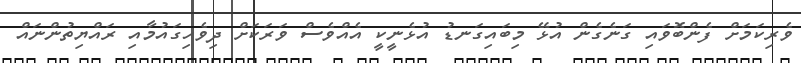
ވެރިކަމަށް ފެންބޮވައި ގަނެގެން އުޅޭ މިބައިގަނޑު އުޅެނީކީ އެއްވެސް ވަރަކަށް ދިވެހިގައުމާއި ރައްޔިތުންނައް